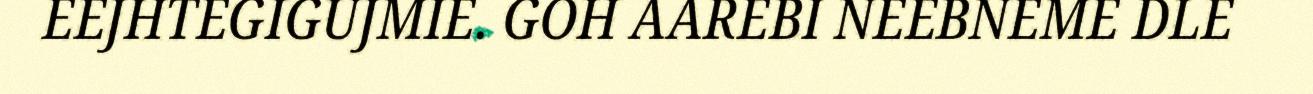
EEJHTEGIGUJMIE. GOH AAREBI NEEBNEME DLE